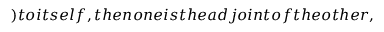
) t o i t s e l f , t h e n o n e i s t h e a d j o i n t o f t h e o t h e r ,